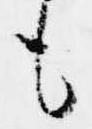
も